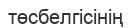
төсбелгісінің